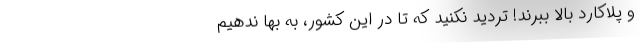
و پلاکارد بالا ببرند! تردید نکنید که تا در این کشور، به بها ندهیم